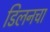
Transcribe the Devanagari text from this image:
डिलनचा